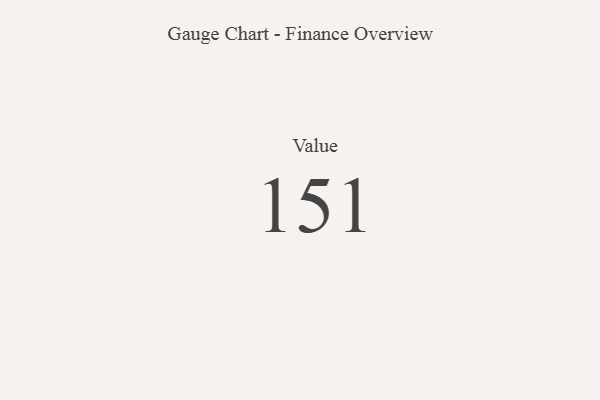
{"axis": {"x": "Metric", "y": "Value"}, "legend": [""], "data": [{"x": "Value", "y": 151, "type": ""}]}